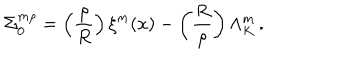
\Sigma _ { 0 } ^ { m \rho } = \left( { \frac { \rho } { R } } \right) \xi ^ { m } ( x ) - \left( { \frac { R } { \rho } } \right) \Lambda _ { K } ^ { m } \, .